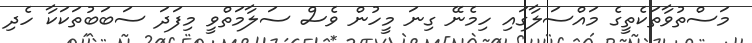
މަސްތުވާތަކެތީގެ މައްސަލާގައި ހިމެނޭ ގިނަ މީހުން ވެސް ސަލާމަތްވީ މިފަދަ ސަބަބުތަކަކާ ހެދި